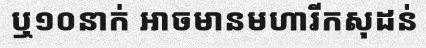
ឬ១០នាក់ អាចមានមហារីកសុដន់